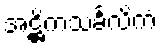
အဋ္ဌိကသင်္ခလိကံ